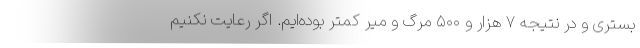
بستری و در نتیجه ۷ هزار و ۵۰۰ مرگ و میر کمتر بوده‌ایم. اگر رعایت نکنیم